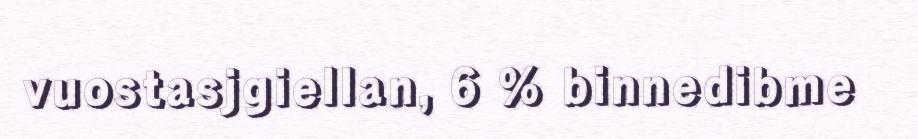
vuostasjgiellan, 6 % binnedibme